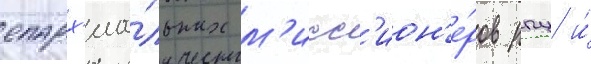
епарх'иа́льных м'исс'ион'е́ров рпц и́